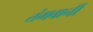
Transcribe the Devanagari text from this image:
तंगवानी